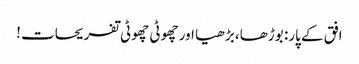
افق کے پار: بوڑھا، بڑھیا اور چھوٹی چھوٹی تفریحات !